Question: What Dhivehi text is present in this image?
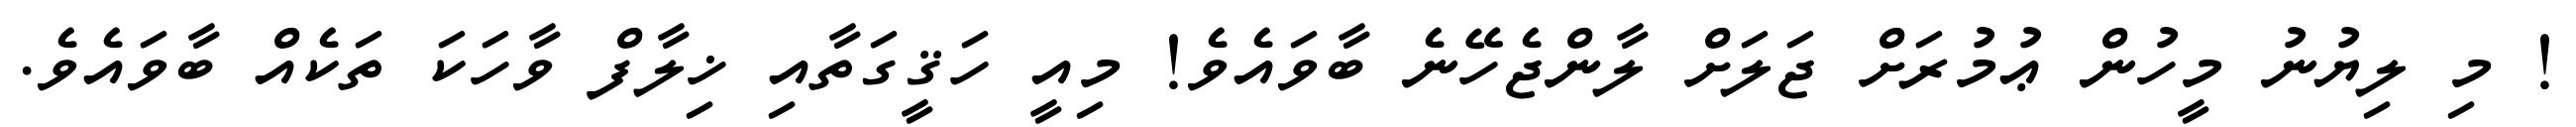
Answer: ! މި ލިޔުނު މީހުން ޢުމުރަށް ޖަލަށް ލާންޖެހޭނެ ބާވައެވެ! މިއީ ހަޤީގަތާއި ޚިލާފް ވާހަކަ ތަކެއް ބާވައެވެ.